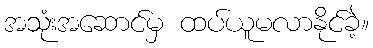
အသုံးအဆောင်မှ ထပ်ယူမလာနိုင်ခဲ့။